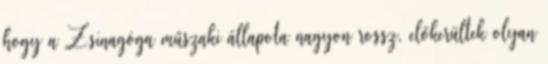
hogy a Zsinagóga műszaki állapota nagyon rossz, előkerültek olyan